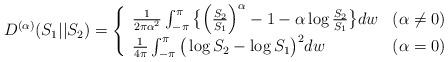
LaTeX: \begin{align*}D^{(\alpha )}(S_{1}||S_{2})=\left\{ \begin{array}{ll}\frac{1}{2\pi \alpha ^{2}}\int_{-\pi }^{\pi }\big\{\Big(\frac{S_{2}}{S_{1}}\Big)^{\alpha }-1-\alpha \log {\frac{S_{2}}{S_{1}}}\big\}dw & (\alpha \neq 0)\\ \frac{1}{4\pi }\int_{-\pi }^{\pi }\big(\log{S_{2}}-\log{S_{1}}\big)^{2}dw & (\alpha =0)\end{array}\right. \end{align*}